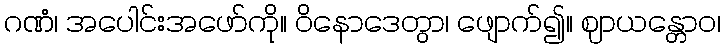
ဂဏံ၊ အပေါင်းအဖော်ကို။ ဝိနောဒေတွာ၊ ဖျောက်၍။ ဈာယန္တောဝ၊